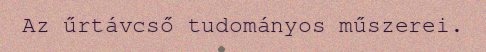
Az űrtávcső tudományos műszerei.